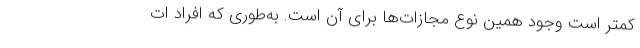
کمتر است وجود همین نوع مجازات‌ها برای آن است. به‌طوری که افراد ات